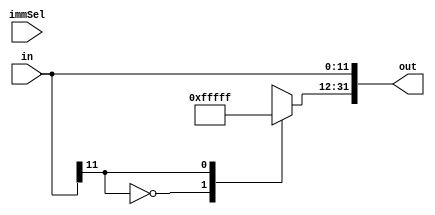
module ImmExt (in, out, immSel);

	input immSel;
	input [11:0] in;
	output reg [31:0] out;
	
	always @(*) begin
	
		out[11:0] <= in[11:0];
		
		case (in[11])
		
			1'b0: out[31:12] <= 20'b00000000000000000000;
			1'b1: out[31:12] <= 20'b11111111111111111111;
		
		endcase
	
	end

endmodule